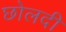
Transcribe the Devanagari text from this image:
छोलदी